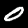
Label: 0